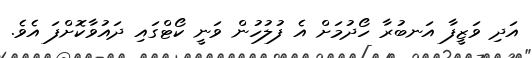
އަދި ވަޒީފާ އަނބުރާ ހޯދުމަށް އެ ފުލުހުން ވަނީ ކޯޓްގައި ދައުވާކޮށްފަ އެވެ.